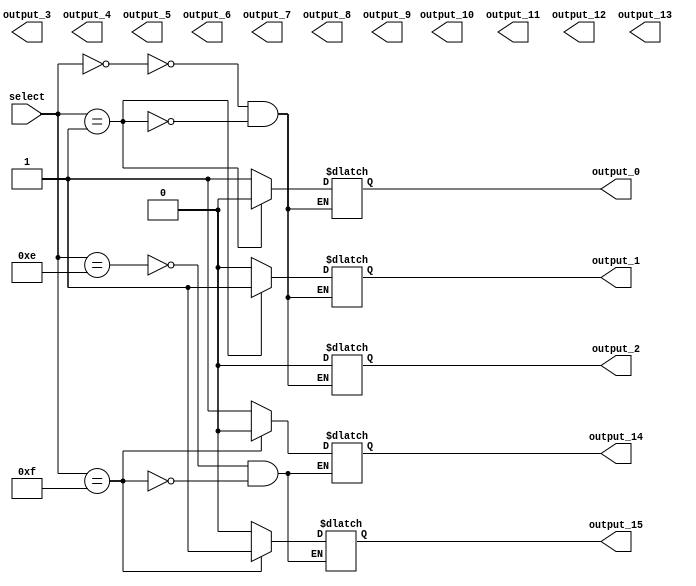
module demux_1to16 (
    input wire [3:0] select,
    output reg output_0,
    output reg output_1,
    output reg output_2,
    output reg output_3,
    output reg output_4,
    output reg output_5,
    output reg output_6,
    output reg output_7,
    output reg output_8,
    output reg output_9,
    output reg output_10,
    output reg output_11,
    output reg output_12,
    output reg output_13,
    output reg output_14,
    output reg output_15
);

always @(*)
begin
    case (select)
        4'b0000: begin
            output_0 = 1;
            output_1 = 0;
            output_2 = 0;
            // Remaining outputs set to 0
        end
        4'b0001: begin
            output_0 = 0;
            output_1 = 1;
            output_2 = 0;
            // Remaining outputs set to 0
        end
        // Remaining cases for each output signal
        //...
        4'b1110: begin
            //Remaining outputs set to 0
            output_14 = 1;
            output_15 = 0;
        end
        4'b1111: begin
            //Remaining outputs set to 0
            output_14 = 0;
            output_15 = 1;
        end
    endcase
end
endmodule